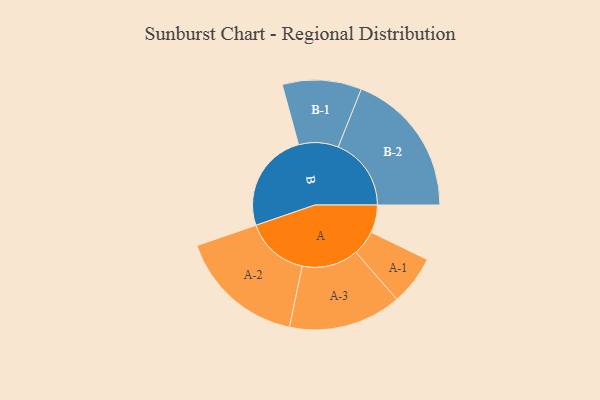
{"axis": {"x": "Segment", "y": "Value"}, "legend": ["", "A", "B"], "data": [{"x": "A", "y": 112, "type": ""}, {"x": "B", "y": 405, "type": ""}, {"x": "A-1", "y": 100, "type": "A"}, {"x": "A-2", "y": 256, "type": "A"}, {"x": "A-3", "y": 228, "type": "A"}, {"x": "B-1", "y": 160, "type": "B"}, {"x": "B-2", "y": 295, "type": "B"}]}